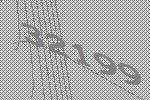
32199